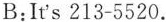
B:It's 213-5520.